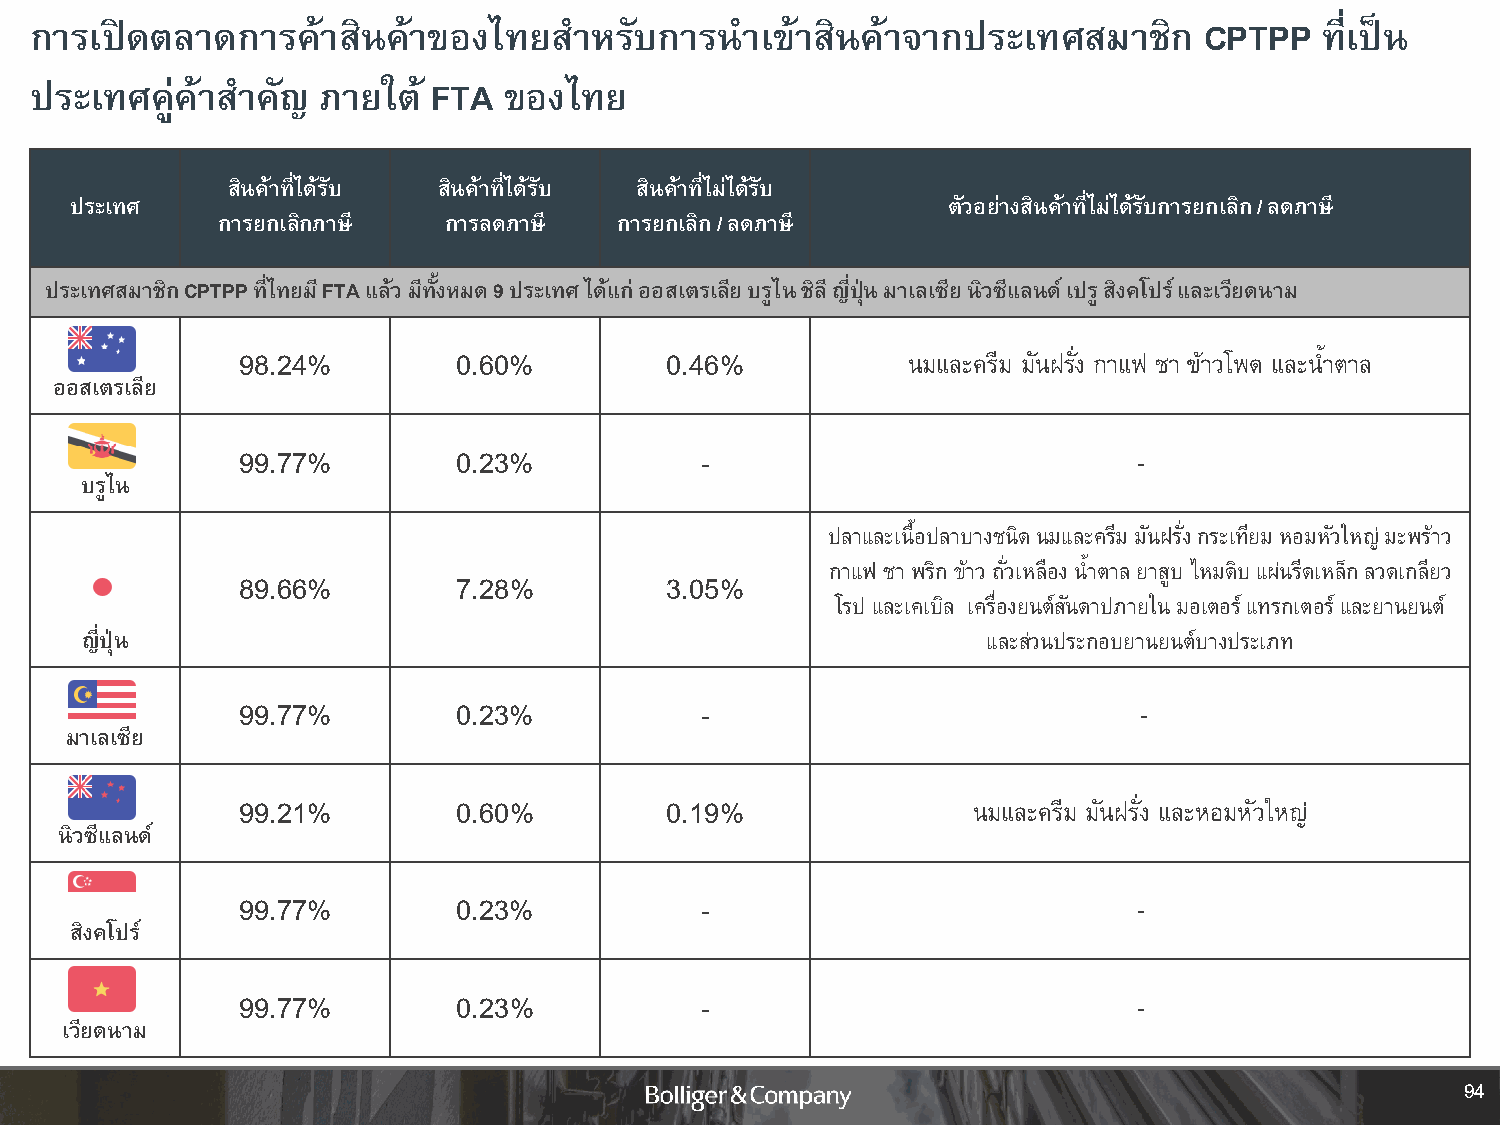
การเปิดตลาดการค้าสินค้าของไทยส      าหรับการน  าเข้าสินค้าจากประเทศสมาชิก     CPTPP   ทเี่ ป็น
 ประเทศคู่ค้าส าคัญ ภายใต้  FTA ของไทย
 สินค้าที่ได้รับ สินค้าที่ได้รับ สินค้าที่ไม่ได้รับ
 ประเทศ                                                    ตัวอย่างสินค้าที่ไม่ได้รับการยกเลิก/ ลดภาษี
 การยกเลิกภาษี  การลดภาษี   การยกเลิก/ ลดภาษี
 ประเทศสมาชกิ CPTPP ที่ไทยมี FTAแล้ว มีทั้งหมด 9 ประเทศ ได้แก่ ออสเตรเลีย บรูไน ชิลี ญี่ปุ่น มาเลเซีย นิวซีแลนด์ เปรู สิงคโปร์ และเวียดนาม
 98.24%        0.60%         0.46%           นมและครีม มันฝรั่ง กาแฟ ชา ข้าวโพด และน้ าตาล
 ออสเตรเลีย
 99.77%        0.23%           -                            -
 บรูไน
 ปลาและเนื้อปลาบางชนิดนมและครีม มันฝรั่ง กระเทียม หอมหัวใหญ่ มะพร้าว
 กาแฟ ชา พริก ข้าว ถั่วเหลืองน้ าตาล ยาสูบ ไหมดิบ แผ่นรีดเหล็ก ลวดเกลียว
 89.66%        7.28%         3.05%
 โรป และเคเบิล เครื่องยนต์สันดาปภายใน มอเตอร์ แทรกเตอร์ และยานยนต์
 ญี่ปุ่น                                                     และส่วนประกอบยานยนต์บางประเภท
 99.77%        0.23%           -                            -
 มาเลเซีย
 99.21%        0.60%         0.19%               นมและครีม มันฝรั่ง และหอมหัวใหญ่
 นิวซีแลนด์
 99.77%        0.23%           -                            -
 สิงคโปร์
 99.77%        0.23%           -                            -
 เวียดนาม
 94